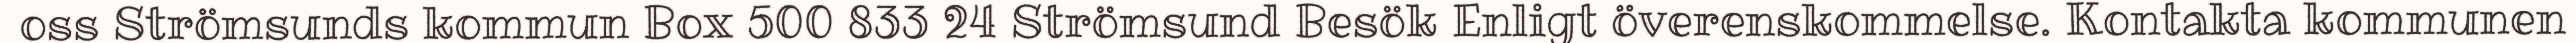
oss Strömsunds kommun Box 500 833 24 Strömsund Besök Enligt överenskommelse. Kontakta kommunen